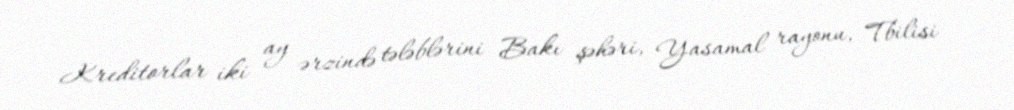
Kreditorlar iki ay ərzində tələblərini Bakı şəhəri, Yasamal rayonu, Tbilisi